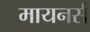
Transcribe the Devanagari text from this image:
मायनर्स